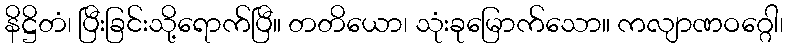
နိဋ္ဌိတံ၊ ပြီးခြင်းသို့ရောက်ပြီ။ တတိယော၊ သုံးခုမြောက်သော။ ကလျာဏဝဂ္ဂေါ၊